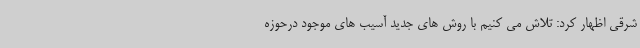
شرقی اظهار کرد: تلاش می کنیم با روش های جدید آسیب های موجود درحوزه